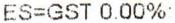
ES=GST 0.00%: